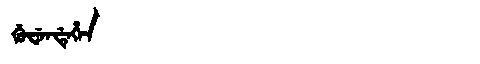
Manchu: ᡤᡠᠸᡝᠨᡩᡝᡥᡝᠨ
Romanization: GUWENDEHEN